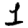
Digit: 1